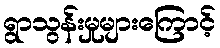
ရွာသွန်းမှုများကြောင့်